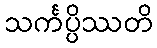
သင်္ကပ္ပိဿတိ